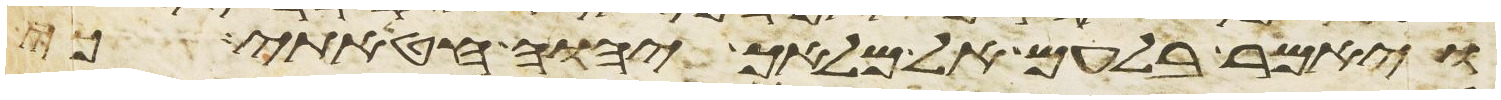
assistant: ויאמר בלעם אל מלאך יהוה חטאתי כי